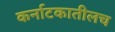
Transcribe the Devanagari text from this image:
कर्नाटकातीलच